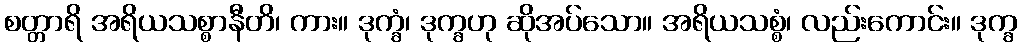
စတ္တာရိ အရိယသစ္စာနီတိ၊ ကား။ ဒုက္ခံ၊ ဒုက္ခဟု ဆိုအပ်သော။ အရိယသစ္စံ၊ လည်းကောင်း။ ဒုက္ခ